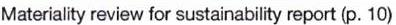
Materiality review for sustainability report (p. 10)